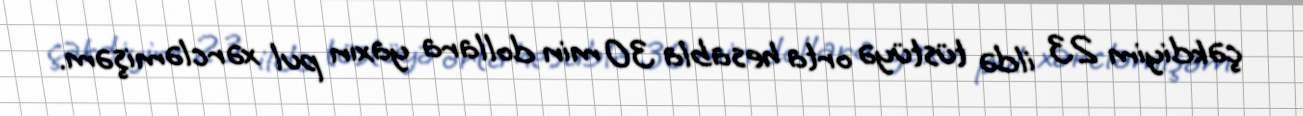
çəkdiyim 23 ildə tüstüyə orta hesabla 30 min dollara yaxın pul xərcləmişəm.